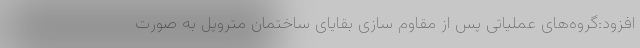
افزود:گروه‌های عملیاتی پس از مقاوم سازی بقایای ساختمان متروپل به صورت